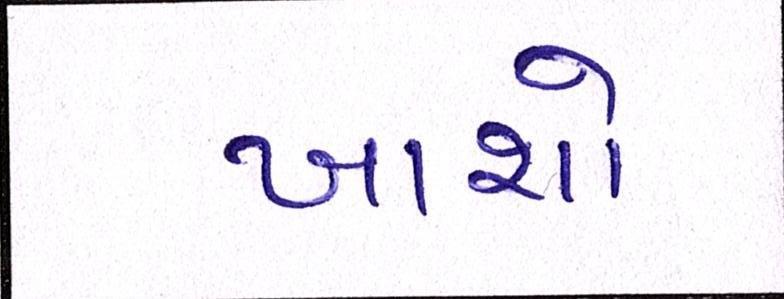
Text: ખાશો